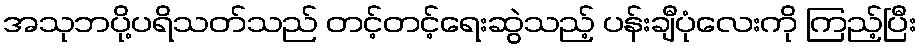
အသုဘပို့ပရိသတ်သည် တင့်တင့်ရေးဆွဲသည့် ပန်းချီပုံလေးကို ကြည့်ပြီး